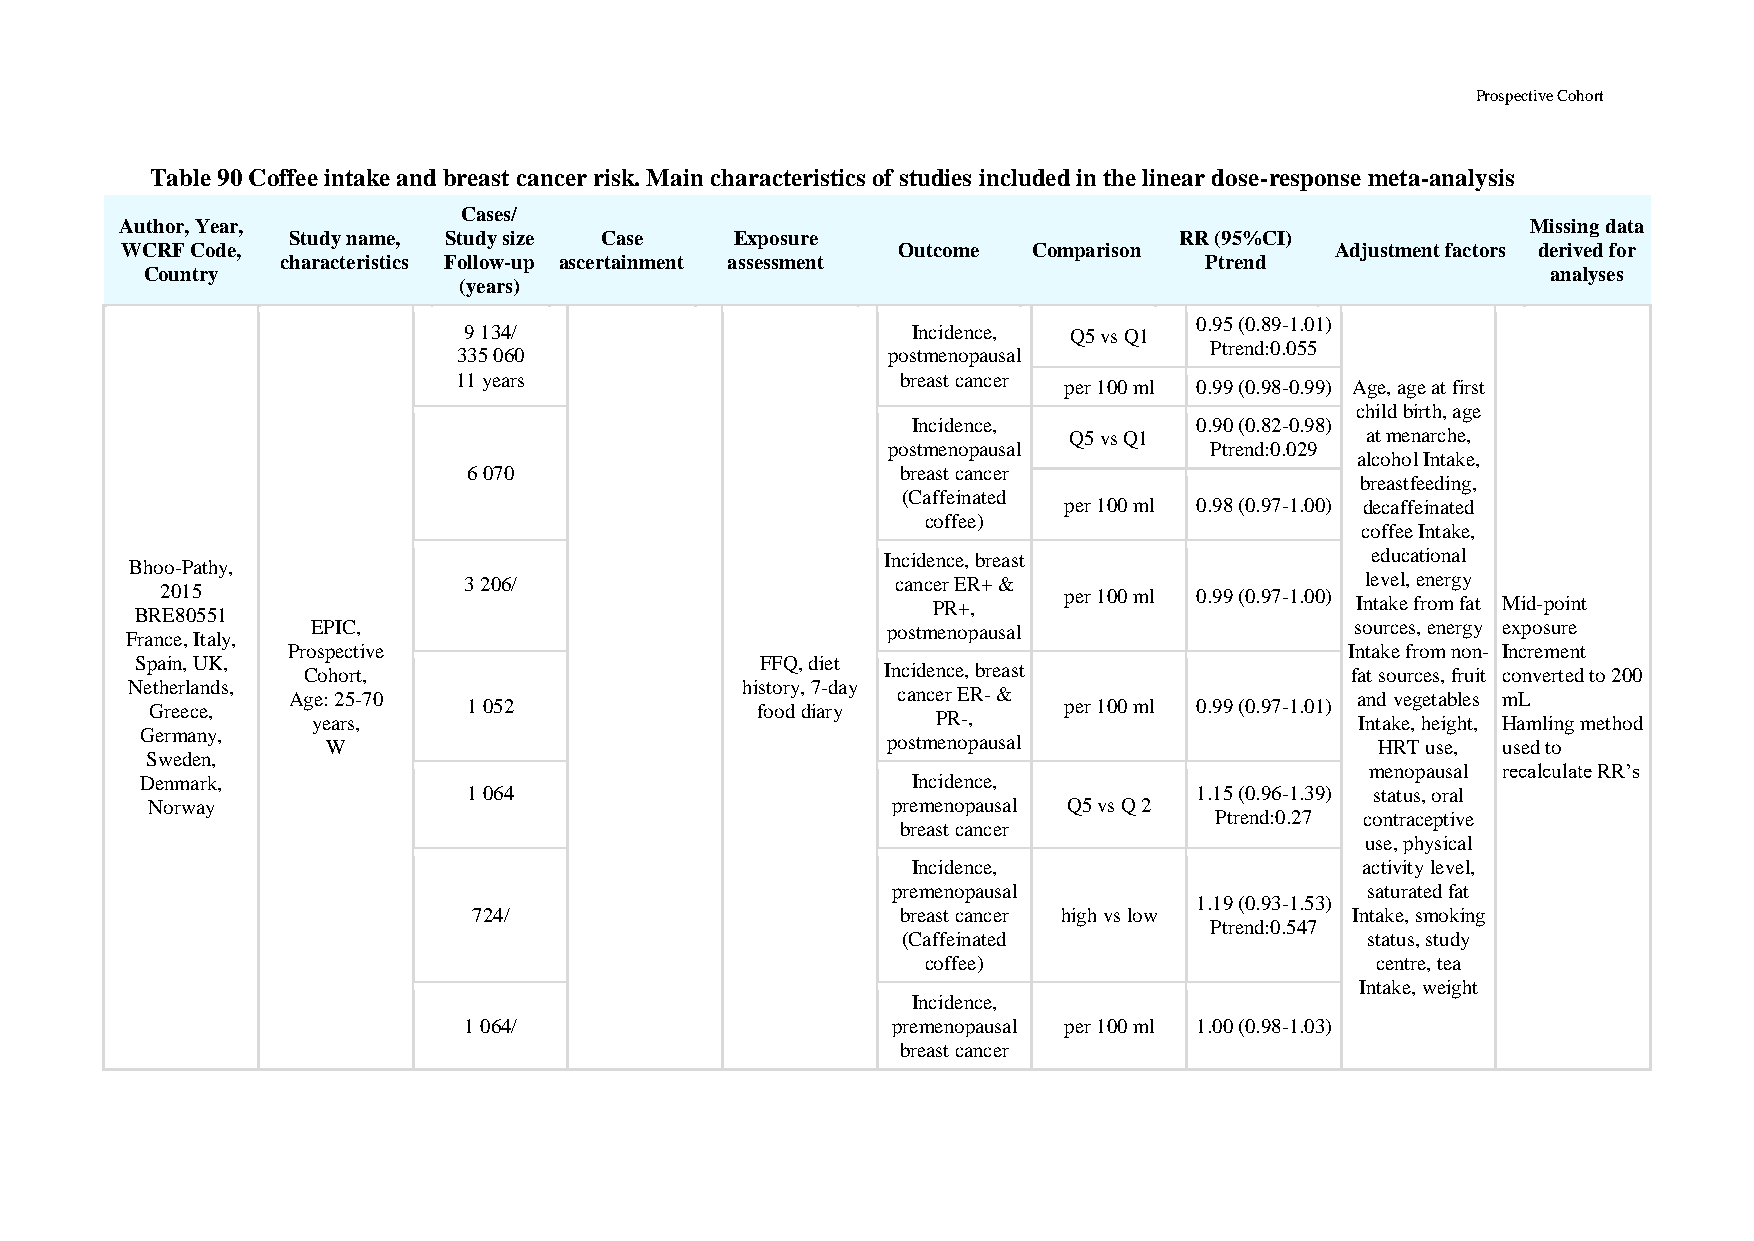
Prospective Cohort
 Table 90 Coffee intake and breast cancer risk. Main characteristics of studies included in the linear dose-response meta-analysis
 Cases/
 Author, Year,                                                                                Missing data
 Study name, Study size Case   Exposure                     RR (95%CI)
 WCRF Code,                                         Outcome  Comparison          Adjustment factors derived for
 characteristics Follow-up ascertainment assessment           Ptrend
 Country                                                                                      analyses
 (years)
 0.95 (0.89-1.01)
 9 134/                       Incidence, Q5 vs Q1
 Ptrend:0.055
 335 060                      postmenopausal
 11 years                      breast cancer
 per 100 ml 0.99 (0.98-0.99) Age, age at first
 child birth, age
 Incidence,         0.90 (0.82-0.98)
 Q5 vs Q1           at menarche,
 postmenopausal       Ptrend:0.029
 alcohol Intake,
 6 070                        breast cancer
 breastfeeding,
 (Caffeinated
 per 100 ml 0.98 (0.97-1.00) decaffeinated
 coffee)
 coffee Intake,
 Incidence, breast               educational
 Bhoo-Pathy,
 3 206/                      cancer ER+ &                   level, energy
 2015                                                       per 100 ml 0.99 (0.97-1.00)
 PR+,                        Intake from fat Mid-point
 BRE80551
 EPIC,                                 postmenopausal                 sources, energy exposure
 France, Italy,
 Prospective                                                           Intake from non- Increment
 Spain, UK,                               FFQ, diet
 Cohort,                                Incidence, breast             fat sources, fruit converted to 200
 Netherlands,                             history, 7-day
 Age: 25-70                              cancer ER- &                   and vegetables mL
 Greece,              1 052              food diary          per 100 ml 0.99 (0.97-1.01)
 years,                                   PR-,                        Intake, height, Hamling method
 Germany,
 W                                    postmenopausal                  HRT use, used to
 Sweden,
 menopausal recalculate RR’s
 Denmark,                                           Incidence,
 1 064                                           1.15 (0.96-1.39) status, oral
 Norway                                           premenopausal Q5 vs Q 2
 Ptrend:0.27 contraceptive
 breast cancer
 use, physical
 Incidence,                    activity level,
 premenopausal                   saturated fat
 1.19 (0.93-1.53)
 724/                         breast cancer high vs low    Intake, smoking
 Ptrend:0.547
 (Caffeinated                   status, study
 coffee)                       centre, tea
 Intake, weight
 Incidence,
 1 064/                      premenopausal per 100 ml 1.00 (0.98-1.03)
 breast cancer